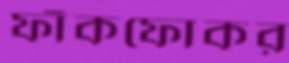
ফাঁকফোকর